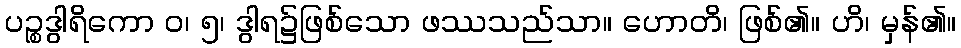
ပဉ္စဒွါရိကော ဝ၊ ၅၊ ဒွါရ၌ဖြစ်သော ဖဿသည်သာ။ ဟောတိ၊ ဖြစ်၏။ ဟိ၊ မှန်၏။